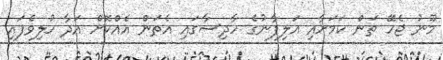
މޫނު ޖެހޭ ތަން ކަމަށާއި އަލިފާނުގެ ހާދިސާގައި އެތަން އެއްކޮށް އަދާ ހުލިވެފައި